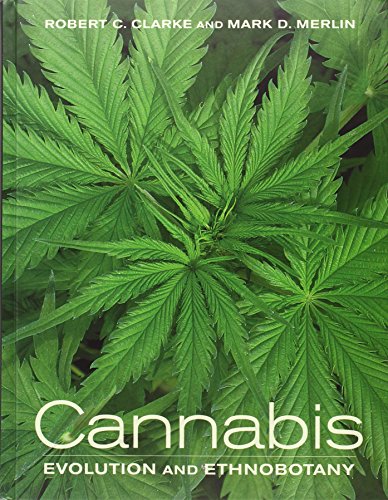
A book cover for Cannabis: Evolution and Ethnobotany; Robert C. Clarke; Science & Math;